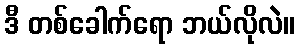
ဒီ တစ်ခေါက်ရော ဘယ်လိုလဲ။